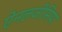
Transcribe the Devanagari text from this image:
ऐनलजीसिया